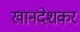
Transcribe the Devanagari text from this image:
खानदेशकर